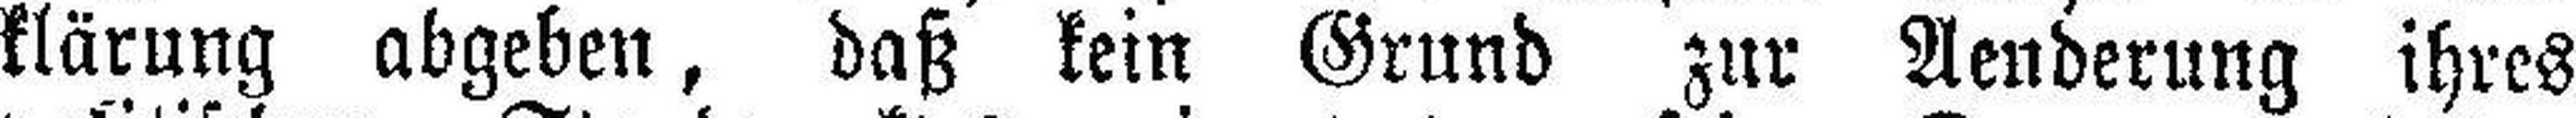
klärung abgeben, daß kein Grund zur Aenderung ihres